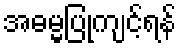
အဓမ္မပြုကျင့်ရန်